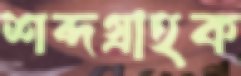
শব্দগ্রাহক